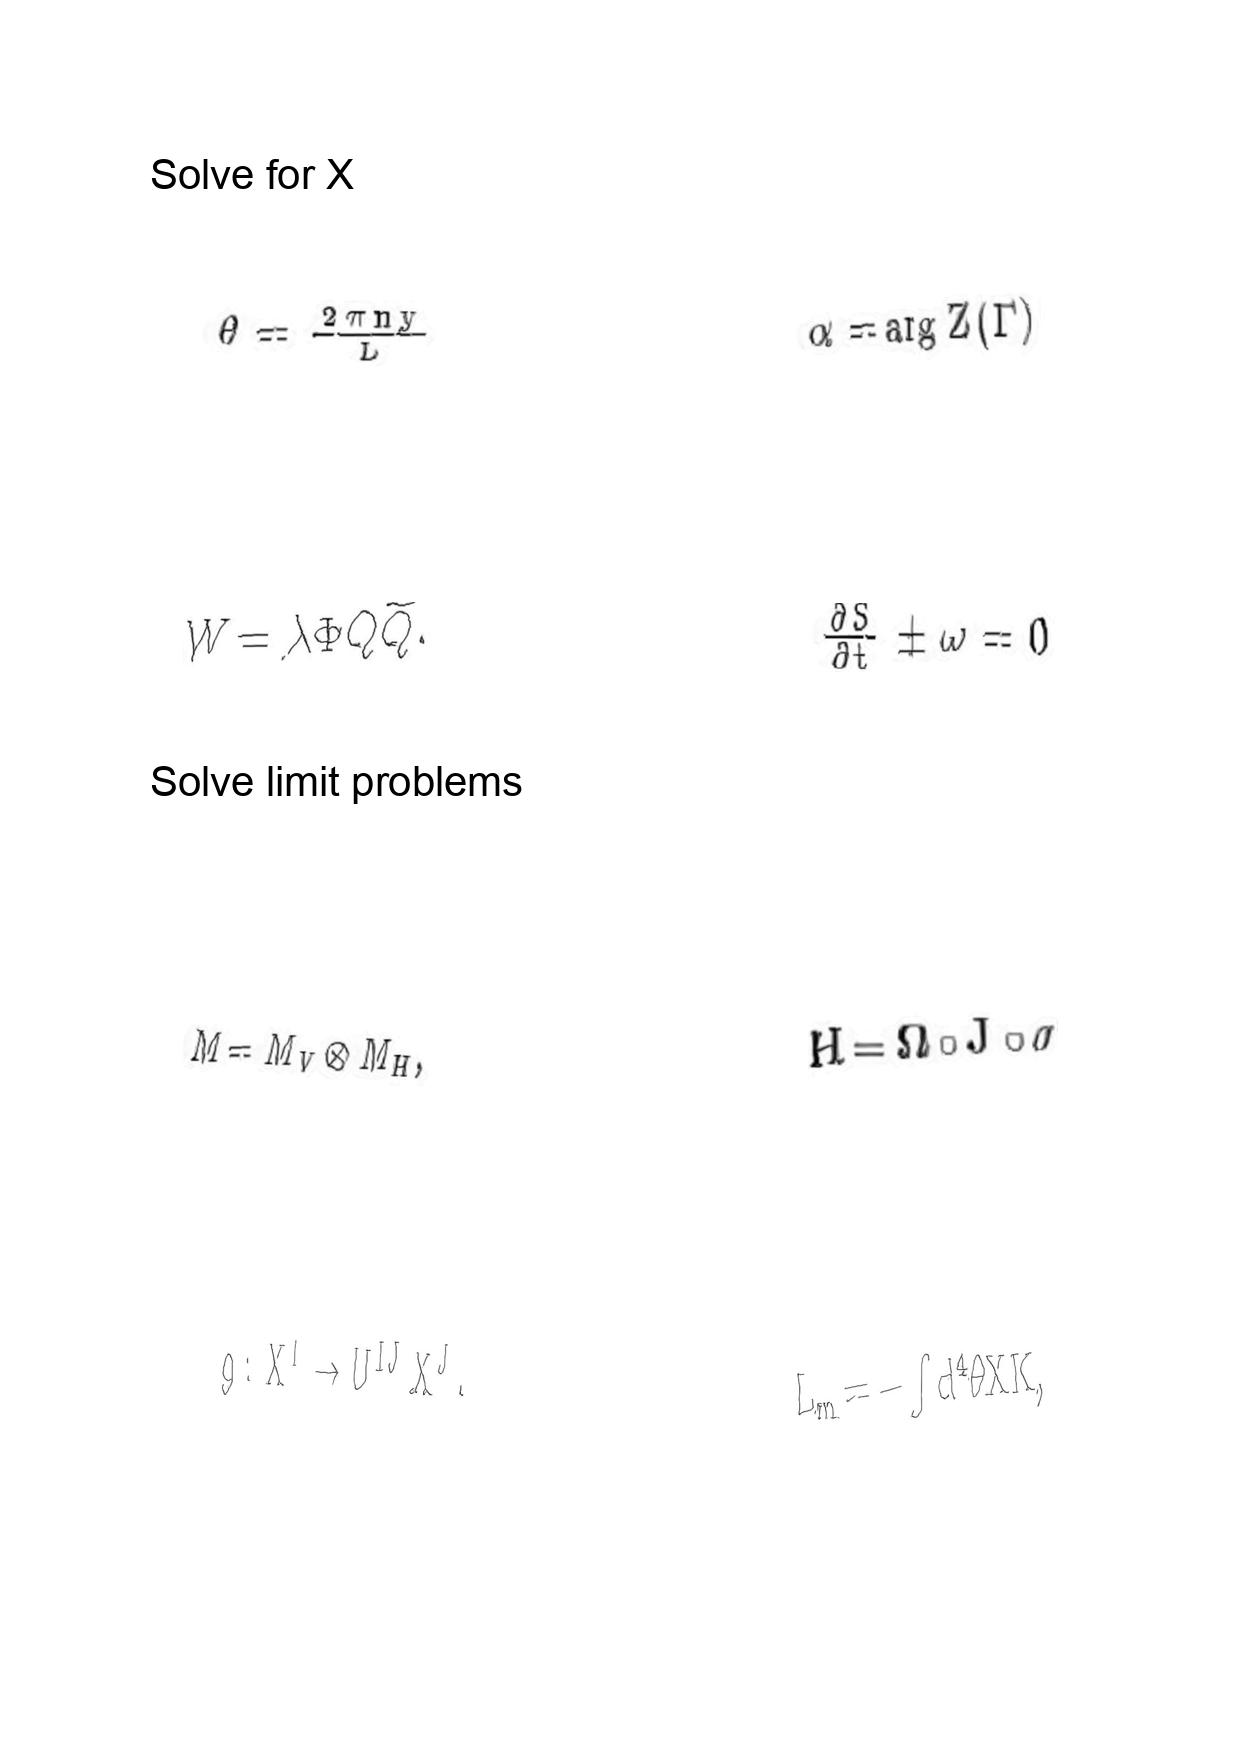
LaTeX transcription:
\theta = \frac { 2 \pi n y } { L }
W = \lambda \Phi Q \tilde { Q } .
M = M _ { V } \otimes M _ { H } ,
g : X ^ { I } \rightarrow U ^ { I J } X ^ { J } .
\alpha = \arg Z \lparen \Gamma \rparen
\frac { \partial S } { \partial t } \pm \omega = 0
H = \Omega \circ J \circ \sigma
L _ { m } = - \int d ^ { 4 } \theta X K ,